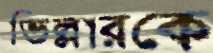
ভিল্লারকে